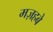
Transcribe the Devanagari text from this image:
मज़हबे